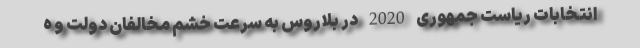
انتخابات ریاست جمهوری 2020 در بلاروس به سرعت خشم مخالفان دولت و ه